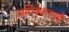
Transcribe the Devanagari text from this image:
अधिकारापुढे